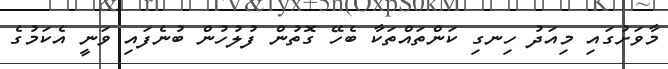
މާވަށުގައި މިއަދު ހިނގި ކަންތައްތަކާ ބެހޭ ގޮތުން ފުލުހުން ބުނެފައި ވަނީ އެކަމުގެ